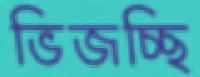
ভিজচ্ছি